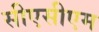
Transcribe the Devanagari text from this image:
सीएसीएम